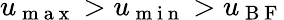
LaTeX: u_{\mathrm{~m~a~x~}}>u_{\mathrm{~m~i~n~}}>u_{\mathrm{~B~F~}}